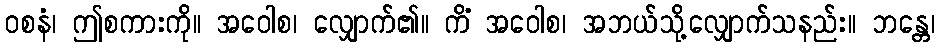
ဝစနံ၊ ဤစကားကို။ အဝေါစ၊ လျှောက်၏။ ကိံ အဝေါစ၊ အဘယ်သို့လျှောက်သနည်း။ ဘန္တေ၊